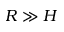
R \gg H